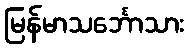
မြန်မာသင်္ဘောသား